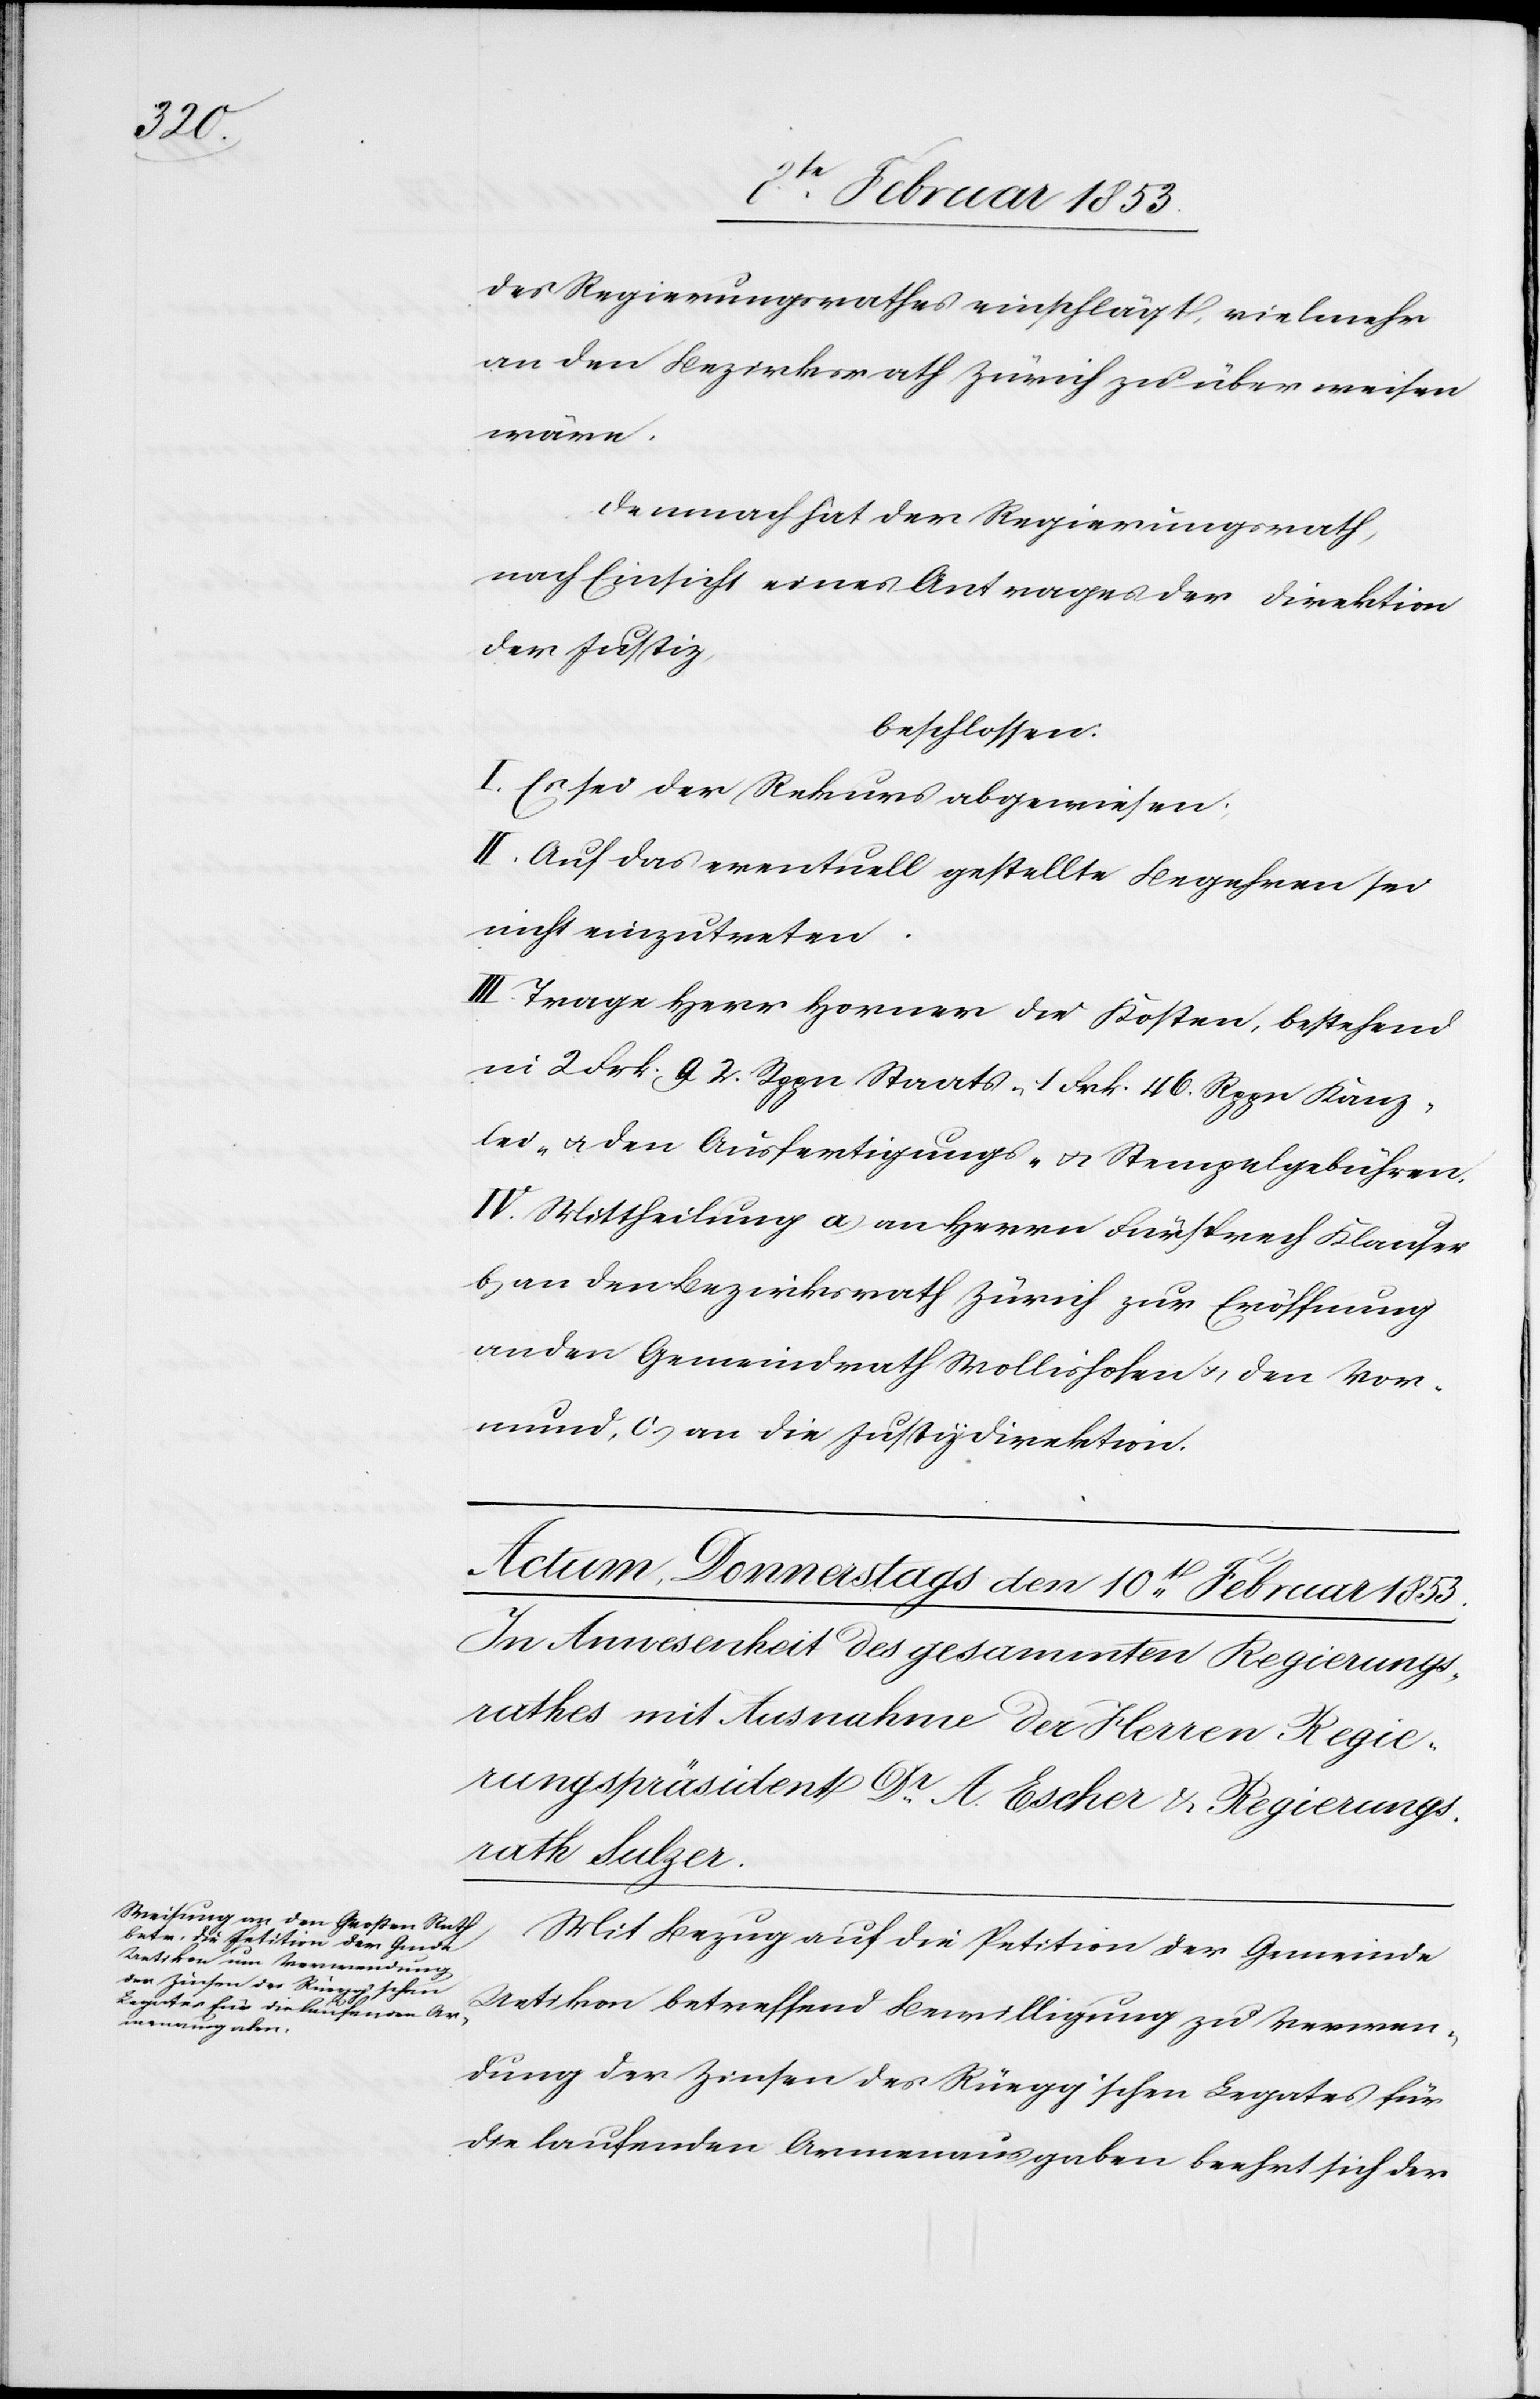
des Regierungsrathes einschlägt, vielmehr
an den Bezirksrath Zürich zu über weisen
wäre.
Demnach hat der Regierungsrath,
nach Einsicht eines Antrages der Direktion
der Justiz,
beschlossen:
I. Es sei der Rekurs abgewiesen.
II. Auf das eventuell gestellte Begehren sei
nicht einzutreten.
III. Trage Herr Horner die Kosten, bestehend
in 2 Frk. 92 Rppn Staats- 1 Frk. 46 Rppn Kanz¬
lei- u. den Ausfertigungs- u. Stempelgebühren.
IV. Mittheilung a, an Herrn Fürsprech Klauser
b, an den Bezirksrath Zürich zur Eröffnung
an den Gemeindrath Wollishofen u. den Vor¬
mund, c, an die Justizdirektion.
Mit Bezug auf die Petition der Gemeinde
Uetikon betreffend Bewilligung zu Verwen¬
dung der Zinsen des Rüegg’schen Legates für
die laufenden Armenausgaben beehrt sich der